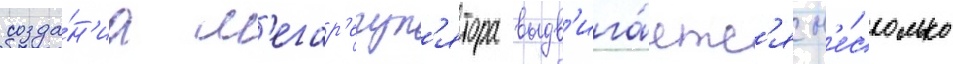
созда́н'иа м'егар'егул'ятора выдв'ига́етс'я н'е́сколько